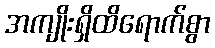
အကျိုးရှိထိရောက်စွာ